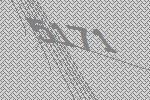
5171